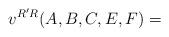
LaTeX: \begin{align*} v^{R'R}(A,B,C,E,F) = \end{align*}